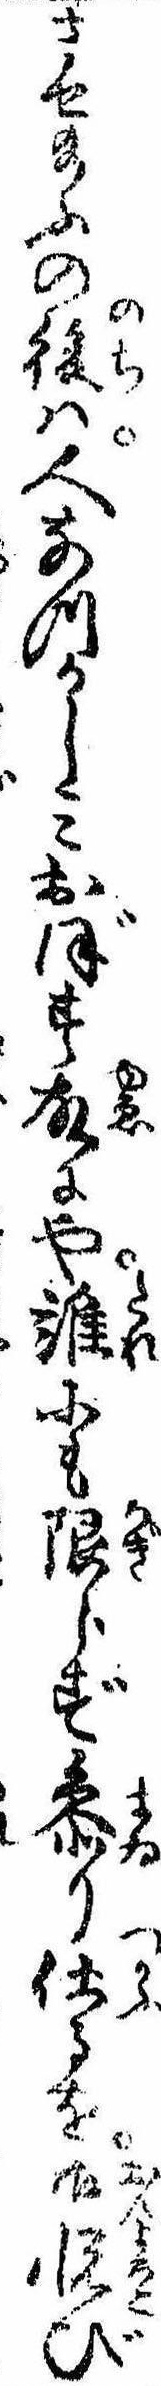
させ給ふの後は人なつかしみおぼす故にや誰にも限らず参り仕るを御悦び